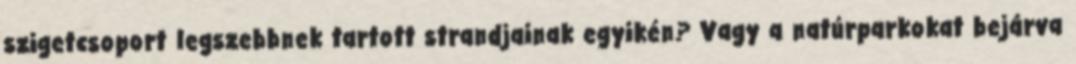
szigetcsoport legszebbnek tartott strandjainak egyikén? Vagy a natúrparkokat bejárva